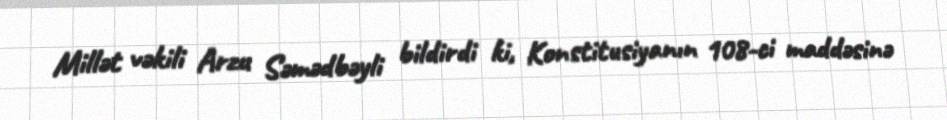
Millət vəkili Arzu Səmədbəyli bildirdi ki, Konstitusiyanın 108-ci maddəsinə